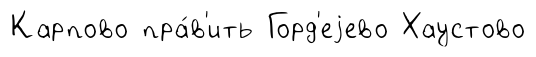
Карпово пра́в'ить Горд'еjево Хаустово